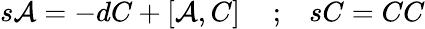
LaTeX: s{\cal A}=-dC+\left[{\cal A},C\right]\, \, \, \, \, \, \, ;\, \, \, \, \, sC=CC